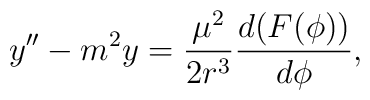
y''-m^2 y={\mu ^2 \over {2 r^3}}{d(F(\phi)) \over {d\phi}},